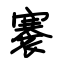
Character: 褰